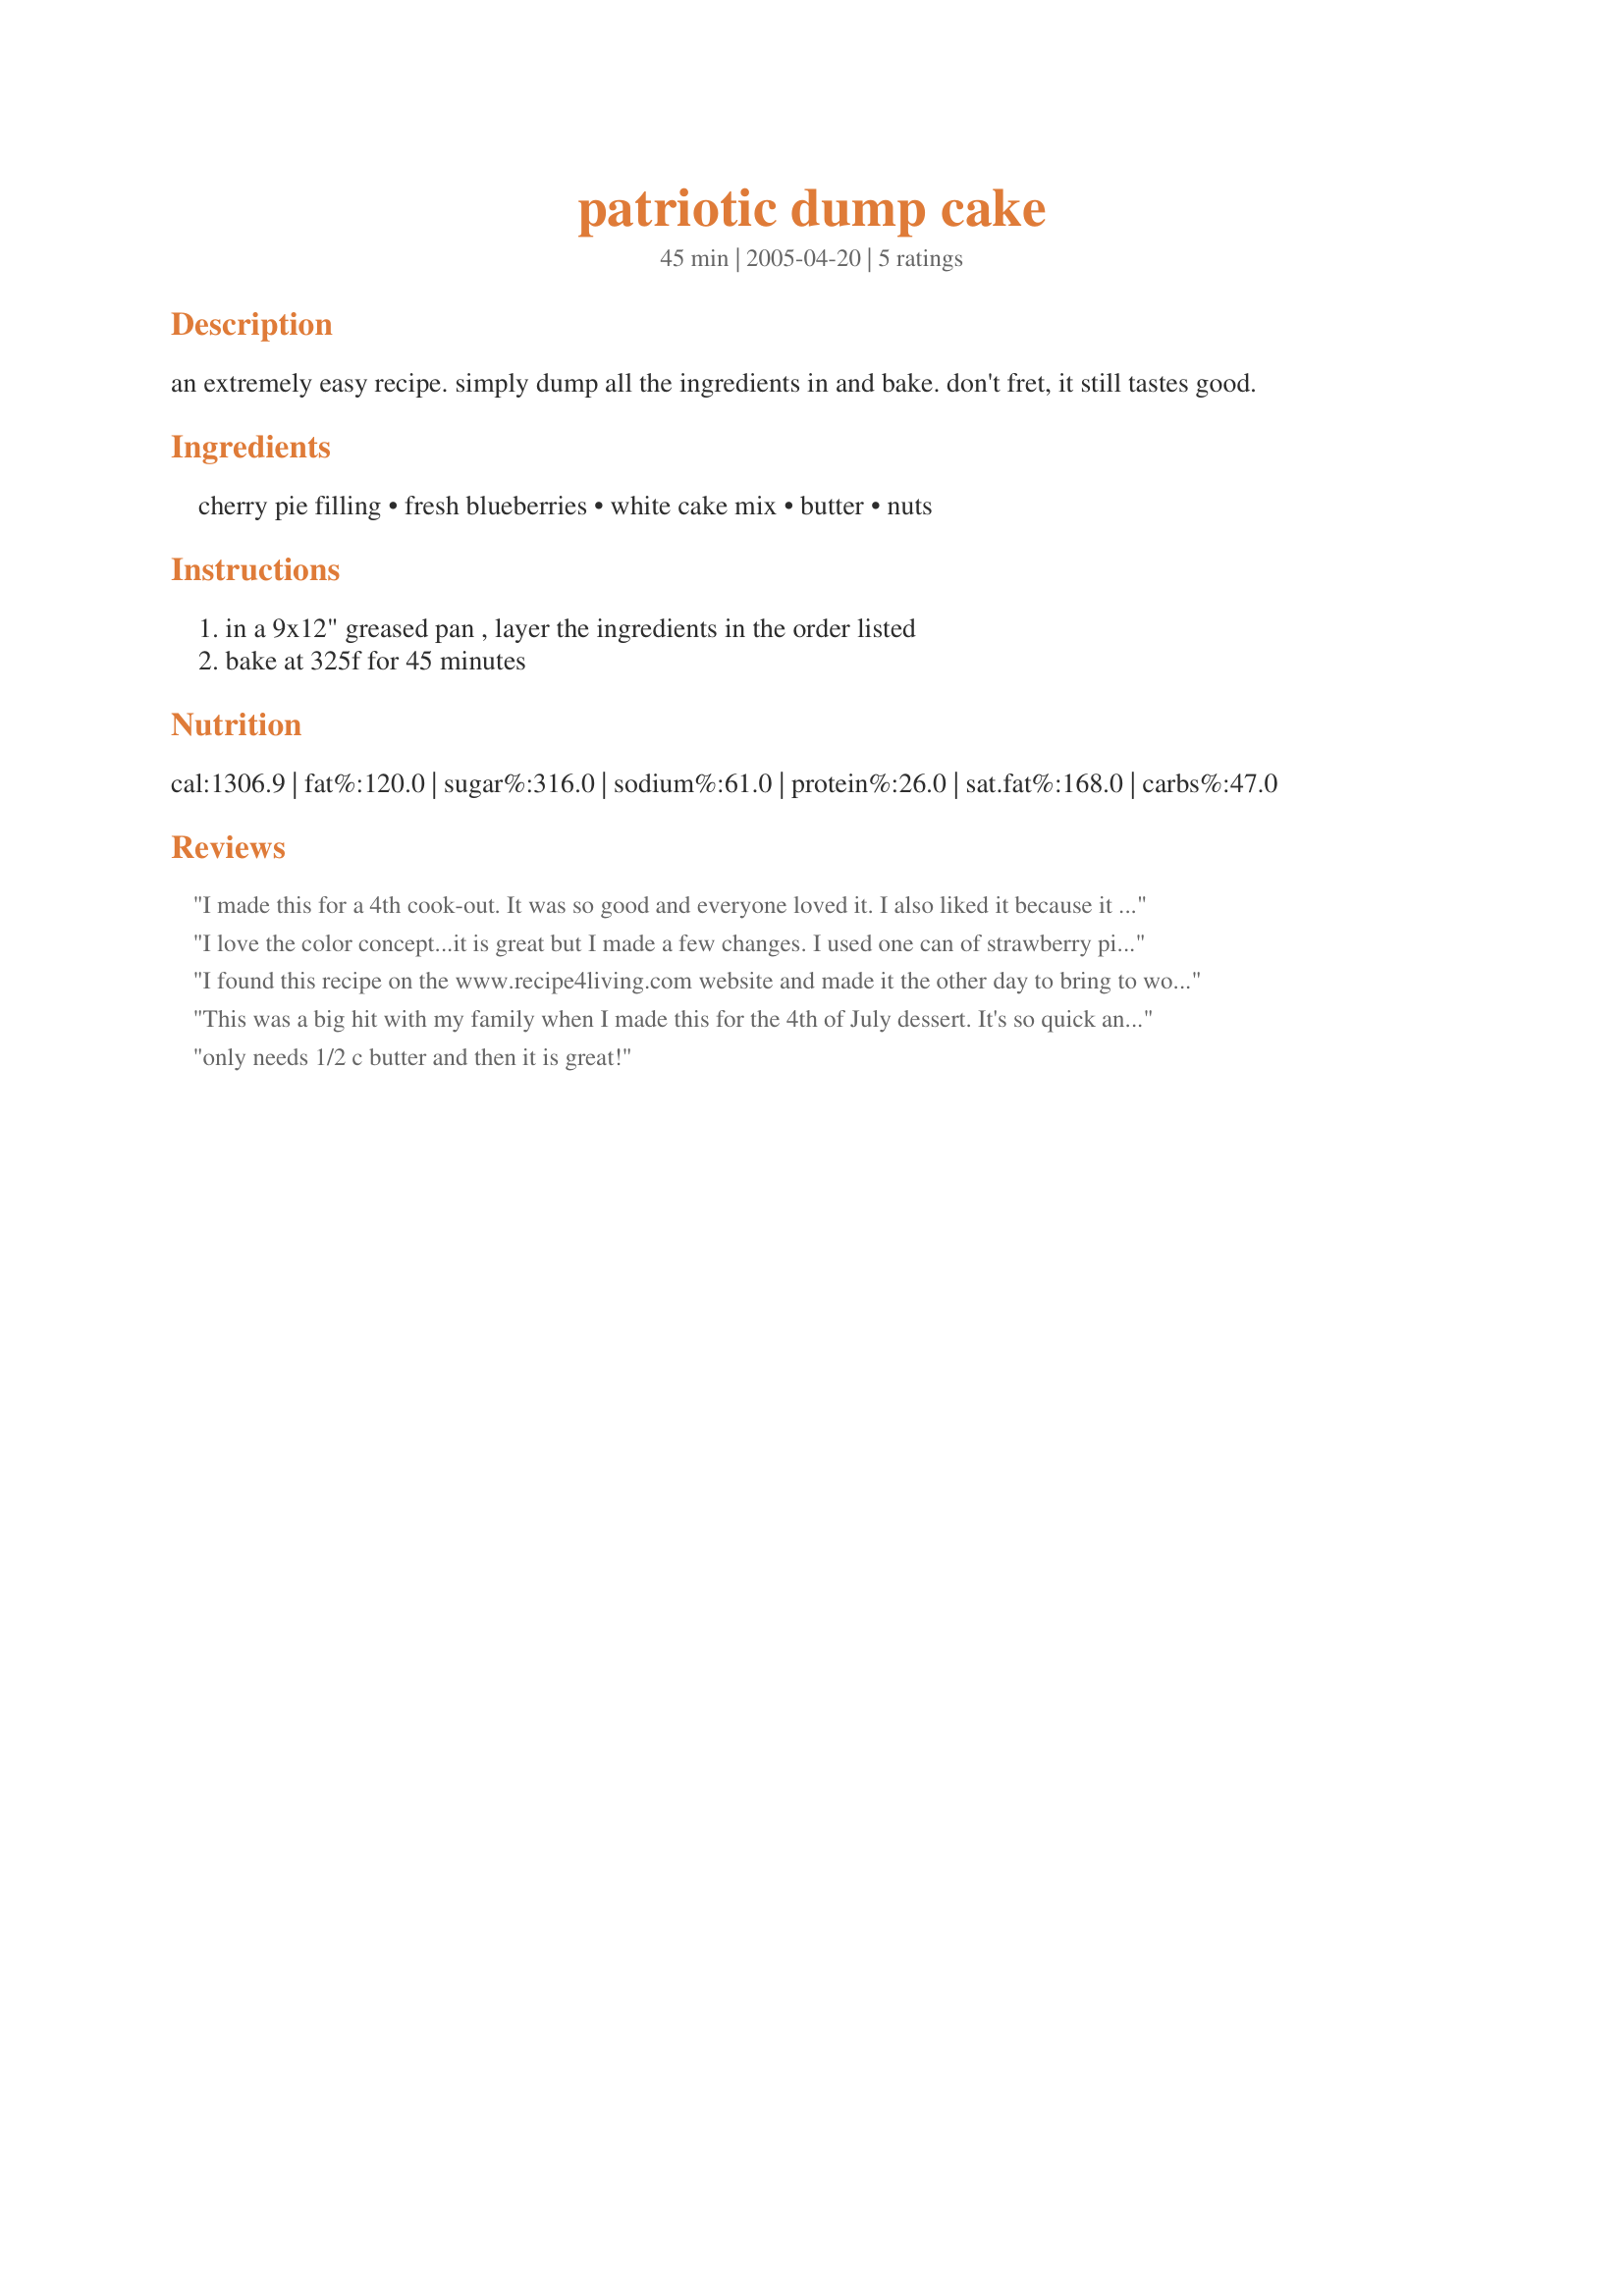
patriotic dump cake
Preparation time: 45 minutes

an extremely easy recipe. simply dump all the ingredients in and bake. don't fret, it still tastes good.

Ingredients:
cherry pie filling, fresh blueberries, white cake mix, butter, nuts

Steps:
in a 9x12" greased pan , layer the ingredients in the order listed, bake at 325f for 45 minutes

Reviews:
I made this for a 4th cook-out. It was so good and everyone loved it. I also liked it because it wasn't the typical red white and blue dessert. Next time I will probably use 2 cans of cherry pie filling, and I used a whole bag of frozen blueberries.
I love the color concept...it is great but I made a few changes. I used one can of strawberry pie filling since our family is not a huge fan of cherry. I also only used 1/2 C butter (one stick) because every dump cake I've ever made only used 1/2C which was plenty! One cup of butter is far too much (in my opinion). This was a super sweet dessert but very yummy ~ we also topped this with cool whip topping!
I found this recipe on the www.recipe4living.com website and made it the other day to bring to work for a 4th of July Feast! It went over very well and one of the girls actually said "this is the best dessert that I ever had!" I brought a piece home to my hubby who is an avid blueberry lover but hates cherry pie filling and he even said it was very good. He wants me to make it next time using Blueberry Pie Filling instead of the cherry. I'm going to try it next weekend since he is going to a work bbq! Thanks for posting and saving me the time.
This was a big hit with my family when I made this for the 4th of July dessert. It's so quick and easy to make especially when all you need is the pan that you bake it in!
 I topped it off with whip cream and I know I will be making this again for sure!
only needs 1/2 c butter and then it is great!
